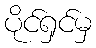
ပိုင်ရှင်မှ